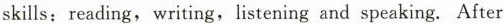
skills：reading, writing, listening and speaking. After